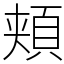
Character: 頬